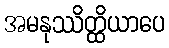
အမနုဿိတ္ထိယာပေ